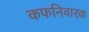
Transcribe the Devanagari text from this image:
कफनिवारक